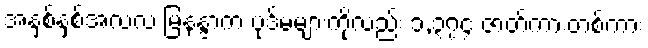
အနှစ်နှစ်အလလ မြနန္ဒာက ပုဒ်မများကိုလည်း ၁,၃၇၄ ဇာတ်ကားတစ်ကား